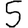
Digit: 5